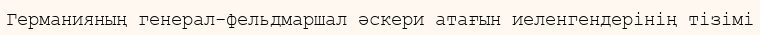
Германияның генерал-фельдмаршал әскери атағын иеленгендерінің тізімі